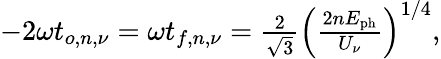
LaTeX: \begin{array}{r}{-2\omega t_{o,n,\nu}=\omega t_{f,n,\nu}=\frac{2}{\sqrt{3}}\left(\frac{2nE_{\mathrm{ph}}}{U_{\nu}}\right)^{1/4},}\end{array}